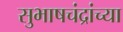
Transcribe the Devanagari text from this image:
सुभाषचंद्रांच्या